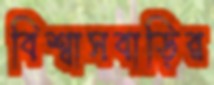
বিশ্বাসবাড়ির